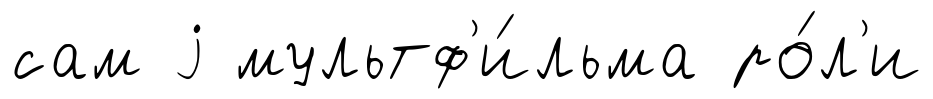
сам j мультф'и́льма ро́л'и